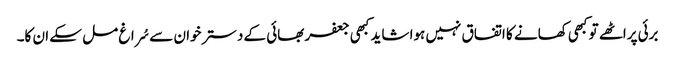
برئی پراٹھے تو کبھی کھانے کا اتفاق نہیں ہوا شاید کبھی جعفر بھائی کے دسترخوان سے سُراغ مل سکے ان کا۔